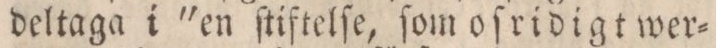
deltaga i 'en ſtiftelſe, ſom oſridigt wer=